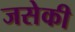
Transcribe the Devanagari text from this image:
जसेकी